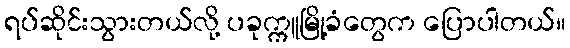
ရပ်ဆိုင်းသွားတယ်လို့ ပခုက္ကူမြို့ခံတွေက ပြောပါတယ်။